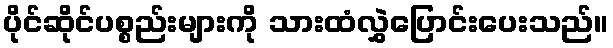
ပိုင်ဆိုင်ပစ္စည်းများကို သားထံလွှဲပြောင်းပေးသည်။